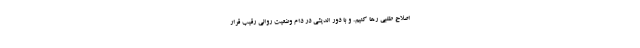
اصلاح طلبی رها کنیم. و با دور اندیشی در دام وضعیت روانی رقیب قرار